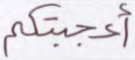
أعجبتكم